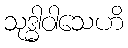
သုဒ္ဓါဝါသေဟိ